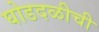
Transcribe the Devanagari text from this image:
घोडदळीची